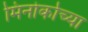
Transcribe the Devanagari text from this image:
मिनोर्काच्या